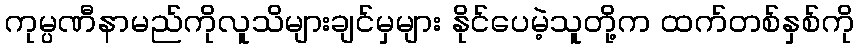
ကုမ္ပဏီနာမည်ကိုလူသိများချင်မှများ နိုင်ပေမဲ့သူတို့က ထက်တစ်နှစ်ကို